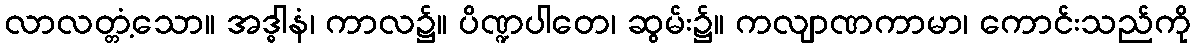
လာလတ္တံ့သော။ အဒ္ဓါနံ၊ ကာလ၌။ ပိဏ္ဍပါတေ၊ ဆွမ်း၌။ ကလျာဏကာမာ၊ ကောင်းသည်ကို